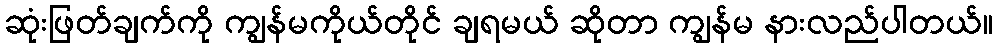
ဆုံးဖြတ်ချက်ကို ကျွန်မကိုယ်တိုင် ချရမယ် ဆိုတာ ကျွန်မ နားလည်ပါတယ်။